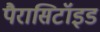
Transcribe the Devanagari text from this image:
पैरासिटॉइड